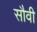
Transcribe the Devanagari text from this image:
सौवी